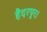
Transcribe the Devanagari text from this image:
हैदरपुर।